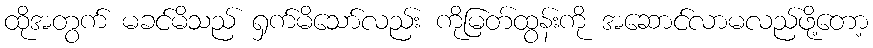
ထိုအတွက် မခင်မိသည် ရှက်မိသော်လည်း ကိုမြတ်ထွန်းကို အဆောင်လာမလည်ဖို့တော့